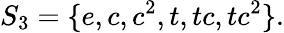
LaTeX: S_{3}=\{ e,c,c^{2},t,tc,tc^{2}\} .